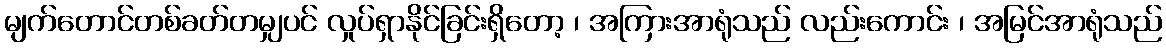
မျက်တောင်တစ်ခတ်တမျှပင် လှုပ်ရှာနိုင်ခြင်းရှိတော့ ၊ အကြားအာရုံသည် လည်းကောင်း ၊ အမြင်အာရုံသည်